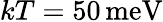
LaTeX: kT=50\, \mathrm{meV}